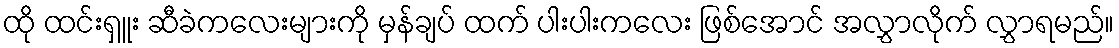
ထို ထင်းရှူး ဆီခဲကလေးများကို မှန်ချပ် ထက် ပါးပါးကလေး ဖြစ်အောင် အလွှာလိုက် လွှာရမည်။